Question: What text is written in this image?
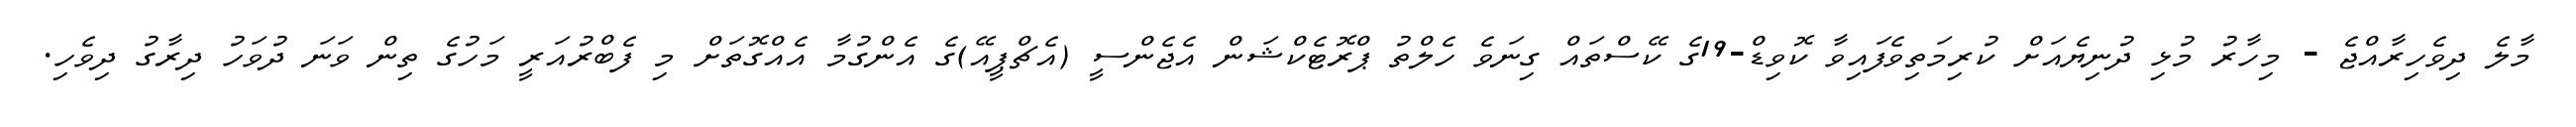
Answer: މާލެ ދިވެހިރާއްޖެ - މިހާރު މުޅި ދުނިޔެއަށް ކުރިމަތިވެފައިވާ ކޮވިޑް-19ގެ ކޭސްތައް ގިނަވެ ހެލްތު ޕްރޮޓެކްޝަން އެޖެންސީ (އެޗްޕީއޭ)ގެ އެންގުމާ އެއްގޮތަށް މި ފެބްރުއަރީ މަހުގެ ތިން ވަނަ ދުވަހު ދިރާގު ދިވެހި.